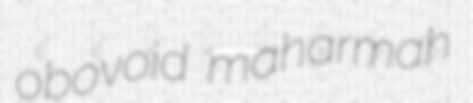
obovoid maharmah